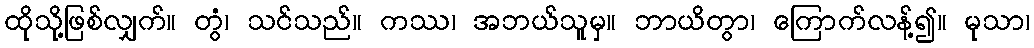
ထိုသို့ဖြစ်လျှက်။ တွံ၊ သင်သည်။ ကဿ၊ အဘယ်သူမှ။ ဘာယိတွာ၊ ကြောက်လန့်၍။ မုသာ၊